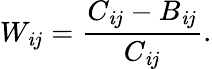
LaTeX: W_{\mathit{i}j}=\frac{{C_{\mathit{i}j}-B_{\mathit{i}j}}}{{C_{\mathit{i}j}}}.